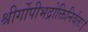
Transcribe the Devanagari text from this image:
श्रीर्गोपीभद्रोक्तिनिर्वतः।